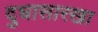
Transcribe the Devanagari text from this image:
दुधासारखा